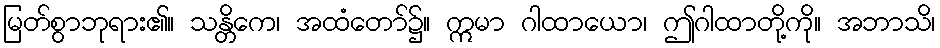
မြတ်စွာဘုရား၏။ သန္တိကေ၊ အထံတော်၌။ ဣမာ ဂါထာယော၊ ဤဂါထာတို့ကို။ အဘာသိ၊